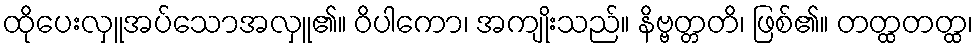
ထိုပေးလှူအပ်သောအလှူ၏။ ဝိပါကော၊ အကျိုးသည်။ နိဗ္ဗတ္တတိ၊ ဖြစ်၏။ တတ္ထတတ္ထ၊